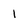
Character: 1